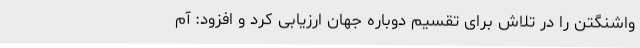
واشنگتن را در تلاش برای تقسیم دوباره جهان ارزیابی کرد و افزود: آم